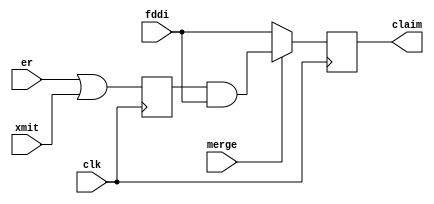
module f6_NonBlockingEx(clk, merge, er, xmit, fddi, claim);
input clk, merge, er, xmit, fddi;
output reg claim;
reg fcr;
always @(posedge clk)
begin
    fcr <= er | xmit;
	if(merge)
	    claim <= fcr & fddi;
	else
	    claim <= fddi;
end
endmodule